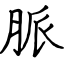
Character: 脈